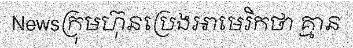
Newsក្រុមហ៊ុនប្រេងអាមេរិកថា គ្មាន